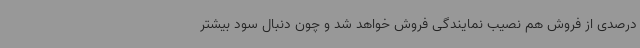
درصدی از فروش هم نصیب نمایندگی فروش خواهد شد و چون دنبال سود بیشتر